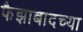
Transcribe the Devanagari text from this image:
फैझाबादच्या